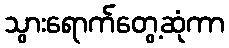
သွားရောက်တွေ့ဆုံကာ